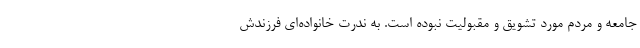
جامعه و مردم مورد تشویق و مقبولیت نبوده است. به ندرت خانواده‌ای فرزندش